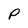
Character: P